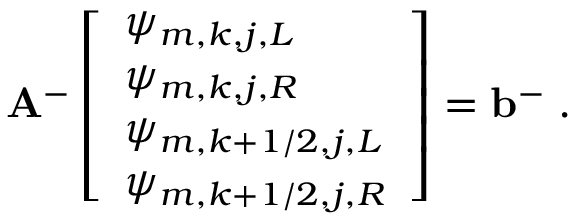
\mathbf { A } ^ { - } \left[ \begin{array} { l } { \psi _ { m , k , j , L } } \\ { \psi _ { m , k , j , R } } \\ { \psi _ { m , k + 1 / 2 , j , L } } \\ { \psi _ { m , k + 1 / 2 , j , R } } \end{array} \right] = \mathbf { b } ^ { - } \; .